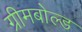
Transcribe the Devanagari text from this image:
ग्रीमबोल्ड